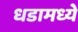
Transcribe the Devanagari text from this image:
धडामध्ये